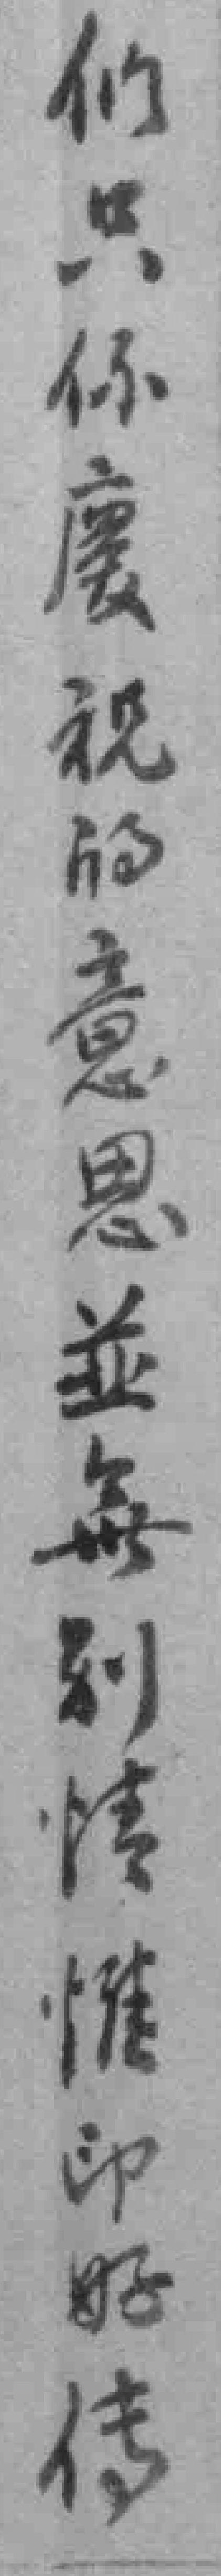
们只係慶祝的意思並無別情惟印好传